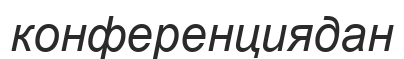
конференциядан